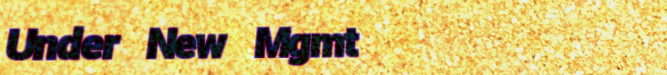
Under New Mgmt